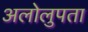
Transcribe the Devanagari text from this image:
अलोलुपता